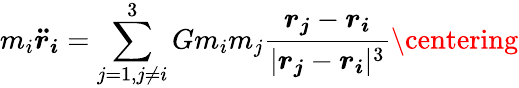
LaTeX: m_{i}\boldsymbol{\ddot{r}_{i}}=\sum_{j=1,j\neq i}^{3}Gm_{i}m_{j}\frac{\boldsymbol{r_{j}}-\boldsymbol{r_{i}}}{|\boldsymbol{r_{j}}-\boldsymbol{r_{i}}|^{3}}\centering